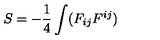
S = - \frac 1 4 \int ( F _ { i j } F ^ { i j } )